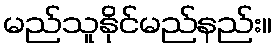
မည်သူနိုင်မည်နည်း။